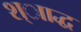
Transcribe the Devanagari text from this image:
श्ााद्ध